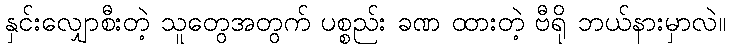
နှင်းလျှောစီးတဲ့ သူတွေအတွက် ပစ္စည်း ခဏ ထားတဲ့ ဗီရို ဘယ်နားမှာလဲ။